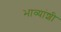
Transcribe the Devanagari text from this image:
भाव्यांशी